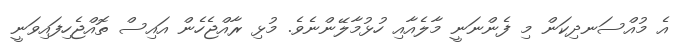
އެ މުއްސަނދިކަން މި ފެންނަނީ މާލެއާއި ހުޅުމާލޭންނެވެ. މުޅި ރާއްޖެހެން އައިސް ތޮއްޖެހިފައިވަނީ